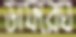
ডাফরেঘ